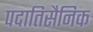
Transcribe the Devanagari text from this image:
पदातिसैनिक